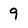
Character: 9